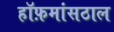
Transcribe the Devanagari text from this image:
हॉफ़मांसठाल